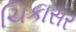
ચિકાસર